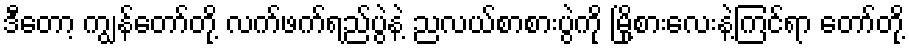
ဒီတော့ ကျွန်တော်တို့ လက်ဖက်ရည်ပွဲနဲ့ ညလယ်စာစားပွဲကို မြို့စားလေးနဲ့ကြင်ရာ တော်တို့